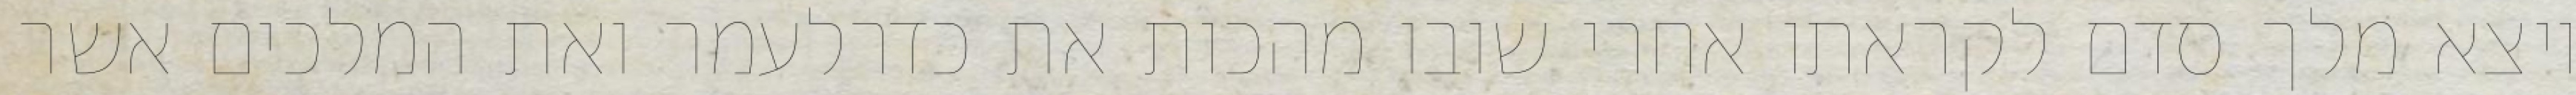
ויצא מלך סדם לקראתו אחרי שובו מהכות את כדרלעמר ואת המלכים אשר